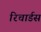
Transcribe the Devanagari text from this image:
रिचार्डस